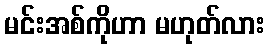
မင်းအစ်ကိုဟာ မဟုတ်လား